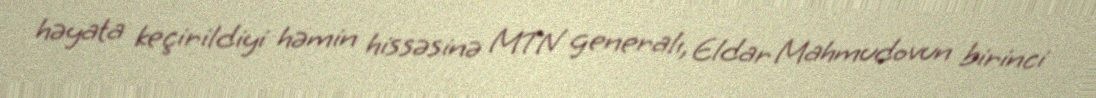
həyata keçirildiyi həmin hissəsinə MTN generalı, Eldar Mahmudovun birinci